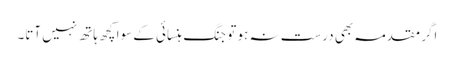
اگر مقدمہ بھی درست نہ ہو تو جنگ ہنسائی کے سوا کچھ ہاتھ نہیں آتا۔